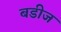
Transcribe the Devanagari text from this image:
बडीज